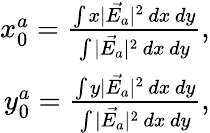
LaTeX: \begin{array}{r}{x_{0}^{a}=\frac{\int x|\vec{E_{a}}|^{2}\, dx\, dy}{\int|\vec{E_{a}}|^{2}\, dx\, dy},}\\ {y_{0}^{a}=\frac{\int y|\vec{E_{a}}|^{2}\, dx\, dy}{\int|\vec{E_{a}}|^{2}\, dx\, dy},}\end{array}